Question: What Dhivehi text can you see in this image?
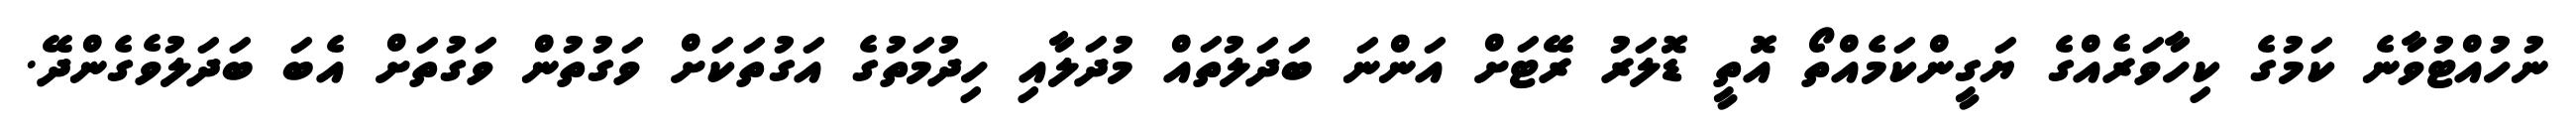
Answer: ނުހުއްޓުވާނެ ކަމުގެ ކިހާވަރެއްގެ ޔަގީންކަމެއްތޯ އޮތީ ޑޮލަރު ރޭޓަށް އަންނަ ބަދަލުތައް މުދަލާއި ހިދުމަތުގެ އަގުތަކަށް ވަގުތުން ވަގުތަށް އެބަ ބަދަލުވެގެންދޭ.